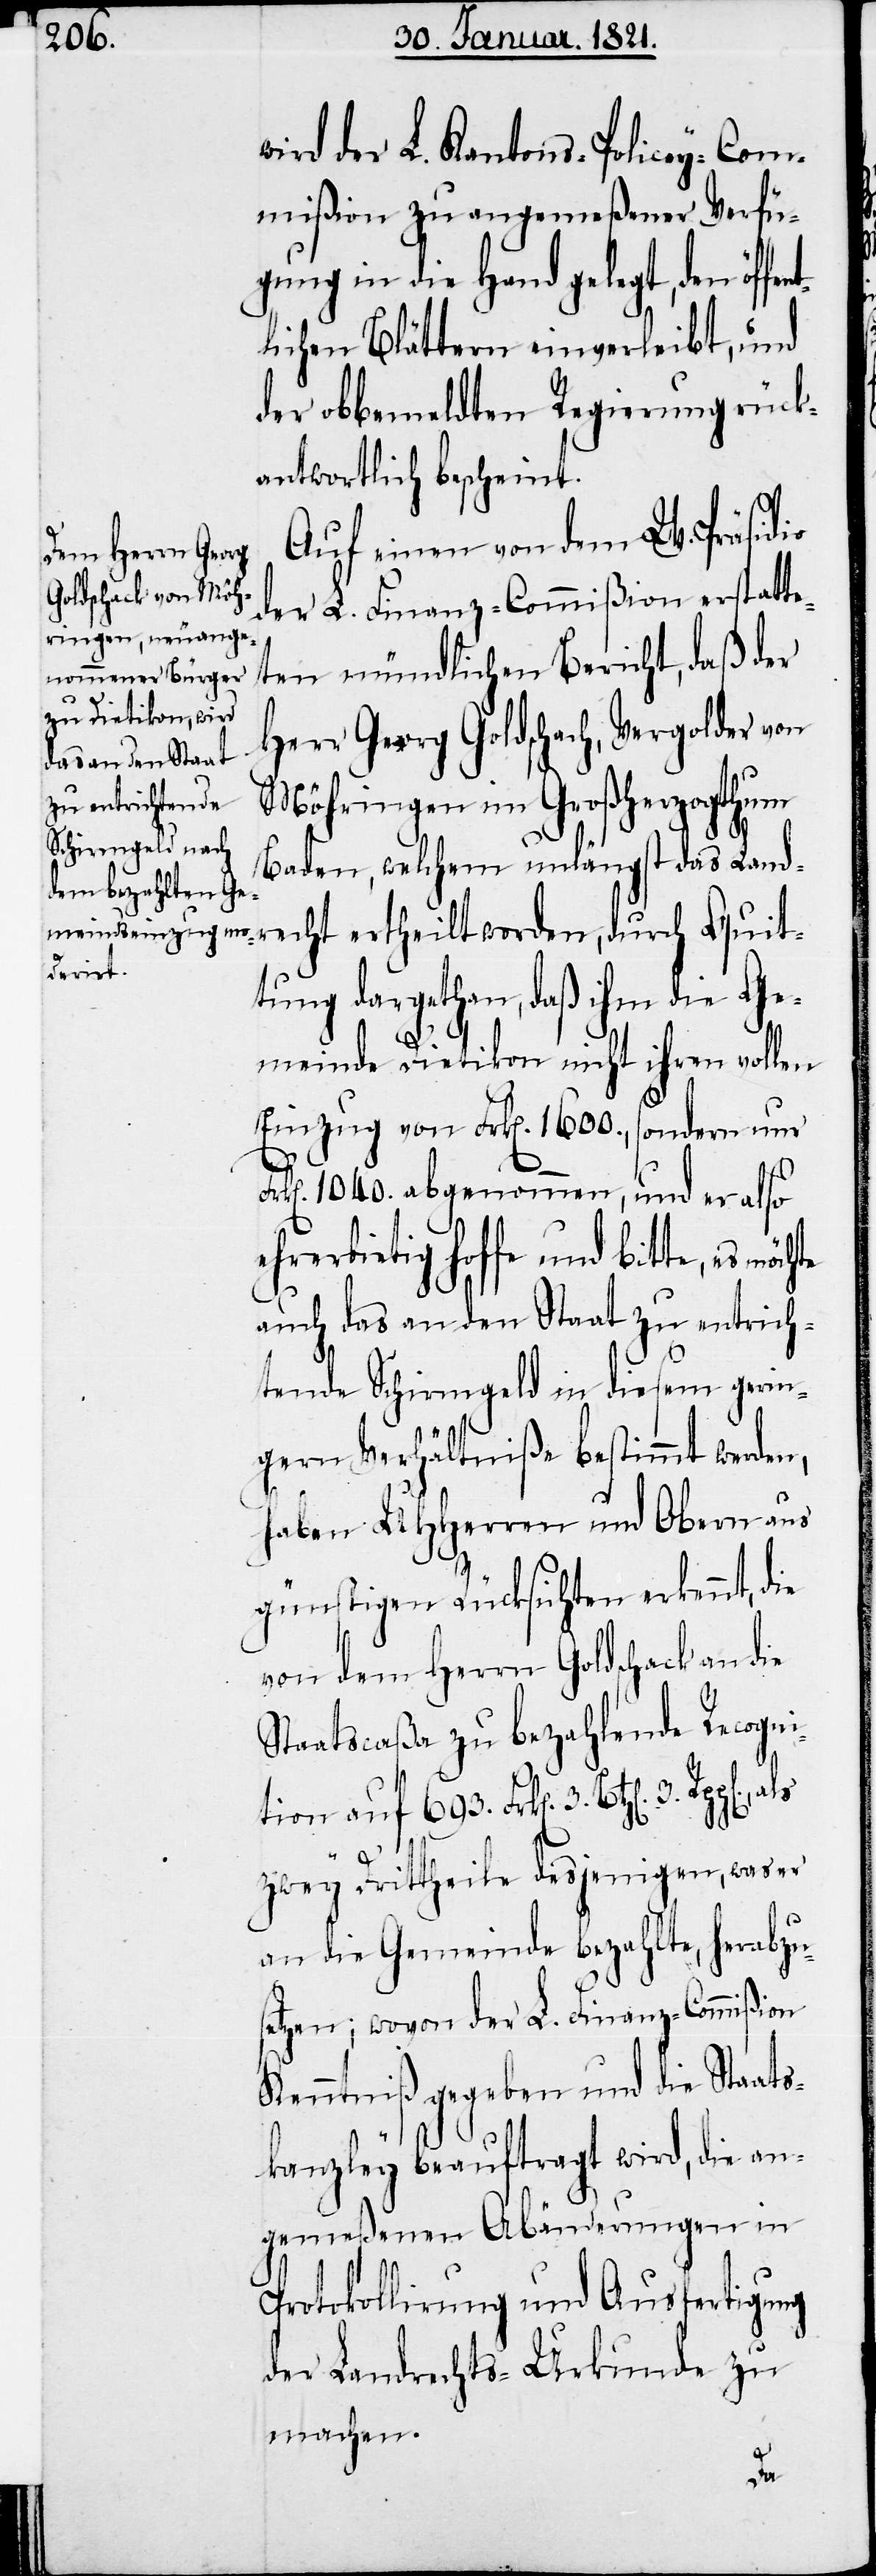
wird der L. Kantons-Policey-Com¬
mißion zu angemeßener Verfü¬
gung in die Hand gelegt, den öffe¬
lichen Blättern einverleibt, und
der obbemeldten Regierung rück¬
antwortlich bescheint.
Auf einen von dem W. Präsidio
der L. Finanz-Commißion erstatte¬
ten mündlichen Bericht, daß der
Herr Georg Goldschach, Vergolder von
Möhringen im Großherzogthum
Baden, welchem unlängst das Land¬
recht ertheilt worden, durch Quit¬
tung dargethan, daß ihm die Ge¬
meinde Dietikon nicht ihren vollen
Einzug von Frk[en]. 1600., sondern nur
1040. abgenommen, und er also
ehrerbietig hoffe und bitte, es
auch das an den Staat zu entrich¬
tende Schirmgeld in diesem gerin¬
gern Verhältniße bestimmt werden,
haben UHHerren und Obern aus
günstigen Rücksichten erkennt, die
von dem Herrn Goldschack an die
Staatscaßa zu bezahlende Recogni¬
tion auf 693. Frk[en]. 3. Btz[en].
zwey Drittheile desjenigen, was er
an die Gemeinde bezahlte, herabzu¬
setzen; wovon der L. Finanz-Commißion
Kenntniß gegeben und die Staats¬
kanzley beauftragt wird, die an¬
gemeßenen Abänderungen in
Protokollirung und Ausfertigung
der Landrechts-Urkunde zu
machen.
nt¬